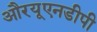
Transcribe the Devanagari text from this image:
औरयूएनडीपी